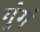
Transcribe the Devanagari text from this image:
गुंगं